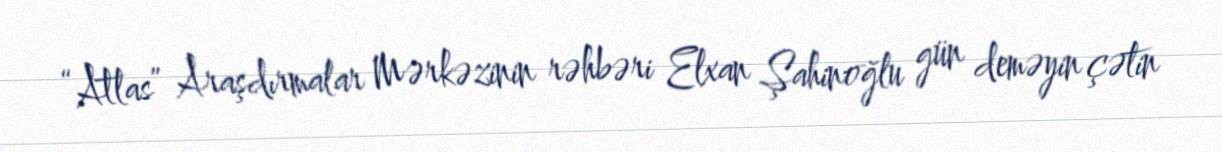
“Atlas” Araşdırmalar Mərkəzinin rəhbəri Elxan Şahinoğlu gün deməyin çətin